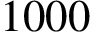
1 0 0 0